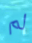
لم